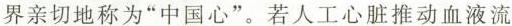
界亲切地称为“中国心”。若人工心脏推动血液流